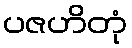
ပဇဟိတုံ